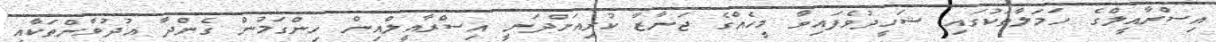
އިސްރާއީލްގެ ހަމަލާތަކުގައި ޝަހީދުވެފައިވާ މީހެއްގެ ޖަނާޒާ ކުރިއަށްދަނީ އިސްރާއީލްއިން ހިންގަމުން ގެންދާ އުދުވާންތަކާއި